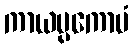
ကာယပ္ပကောပံ